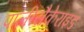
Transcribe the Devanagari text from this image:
पालीसैकेराइड